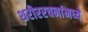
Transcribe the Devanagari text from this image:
शरीररचनांमध्ये